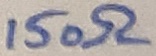
Text: 150Ω